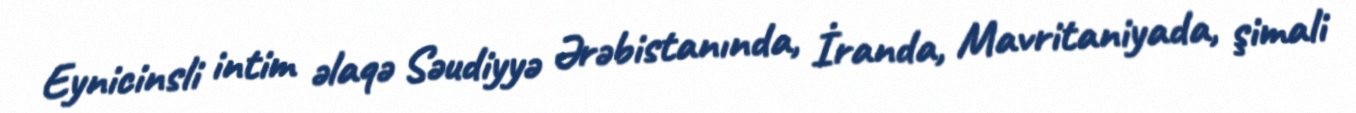
Eynicinsli intim əlaqə Səudiyyə Ərəbistanında, İranda, Mavritaniyada, şimali